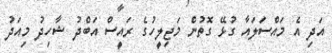
އަދި އެ މައްސަލައާ ގުޅޭ ގޮތުން މަޖިލީހުގެ ރައީސް އަބްދު ޝާހިދު މިއަދު